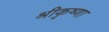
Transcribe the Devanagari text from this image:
श्रीकृष्णा